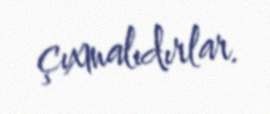
çıxmalıdırlar.